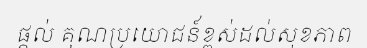
ផ្តល់ គុណប្រយោជន៍ខ្ពស់ដល់សុខភាព